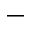
-